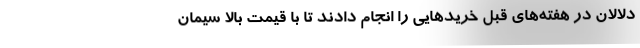
دلالان در هفته‌های قبل خریدهایی را انجام دادند تا با قیمت بالا سیمان